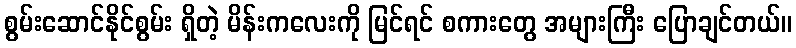
စွမ်းဆောင်နိုင်စွမ်း ရှိတဲ့ မိန်းကလေးကို မြင်ရင် စကားတွေ အများကြီး ပြောချင်တယ်။